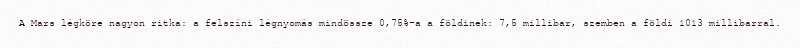
A Mars légköre nagyon ritka: a felszíni légnyomás mindössze 0,75%-a a földinek: 7,5 millibar, szemben a földi 1013 millibarral.